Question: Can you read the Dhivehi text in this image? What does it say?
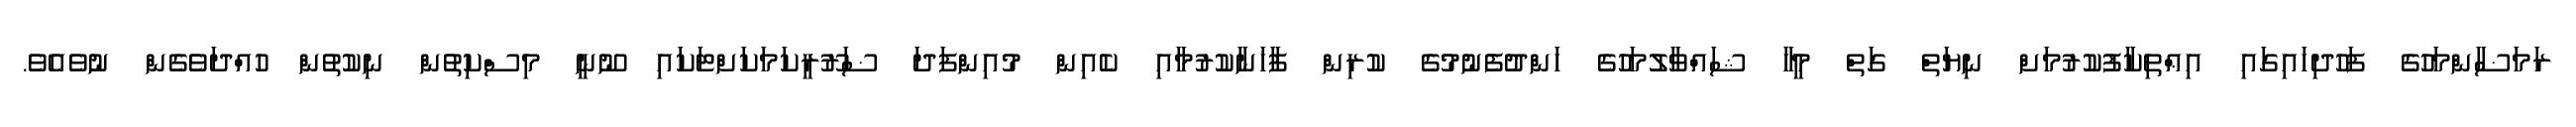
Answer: ރަމަޟާންމަހުގެ ފަހުދިހައިގައި އިޢްތިކާފުކުރުމަށް ނިޔަތް ގަތް މީހާ ޝައްވާލުމަހުގެ ހަންދުފެނުމުގެ ކުރިން ފާޚަނާކުރުމާއި ކެއިން މުއިންފަދަ ޟަރޫރީކަމަކަށްޓަކައި ނޫނީ މިސްކިތުން ނިކުތުން ހުއްދަވެގެން ނުވެއެވެ.